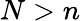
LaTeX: N>n